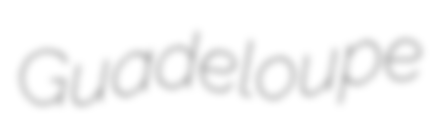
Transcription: Guadeloupe